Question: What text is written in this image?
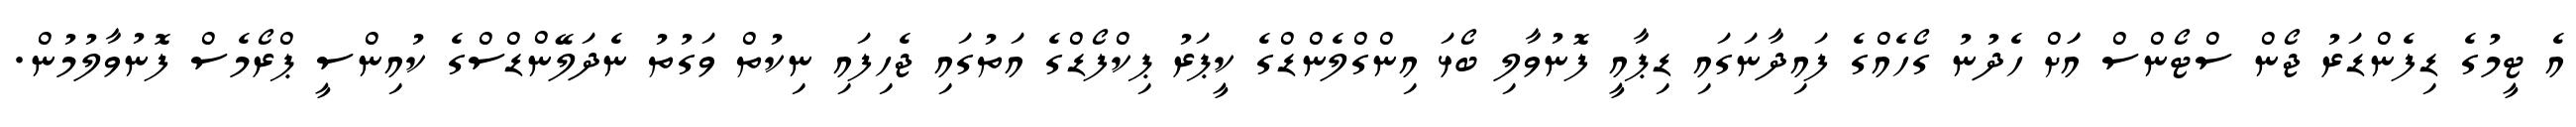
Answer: އެ ޓީމުގެ ޑިފެންޑަރު ޖޯން ސްޓޯންސް އަަށް ހެދުނު ގޯހެއްގެ ފައިދާނަގައި ޑިޕާއީ ފޮނުވާލި ބޯޅަ އިންގްލެންޑްގެ ކީޕަރު ޕިކްފޯޑްގެ އަތުގައި ޖެހިފައި ނިކުތް ވަގުތު ނެދަލޭންޑްސްގެ ކުއިންސީ ޕްރޯމެސް ފޮނުވާލުމުން.